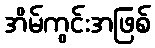
အိမ်ကွင်းအဖြစ်